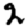
Digit: 2